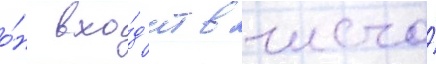
о́н вхо́д'ит в число́